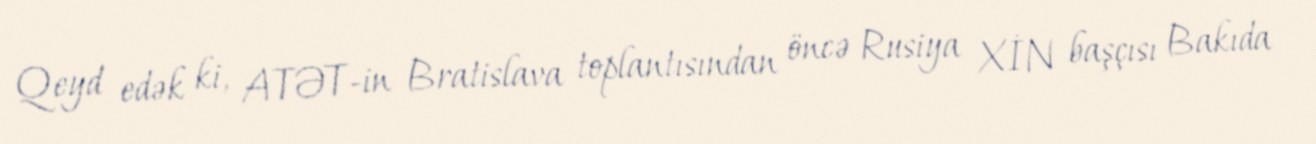
Qeyd edək ki, ATƏT-in Bratislava toplantısından öncə Rusiya XİN başçısı Bakıda